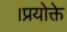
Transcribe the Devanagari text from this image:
।प्रयोक्ते